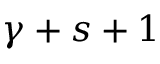
\gamma + s + 1